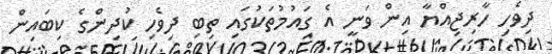
ދިވެހި ހާރިޖިއްޔާ އިން ވަނީ އެ ގައުމުތަކުގައި ތިބި ދިވެހި ކުދިންގެ ކިބައިން